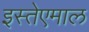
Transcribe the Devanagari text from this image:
इस्तेएमाल